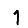
Digit: 1